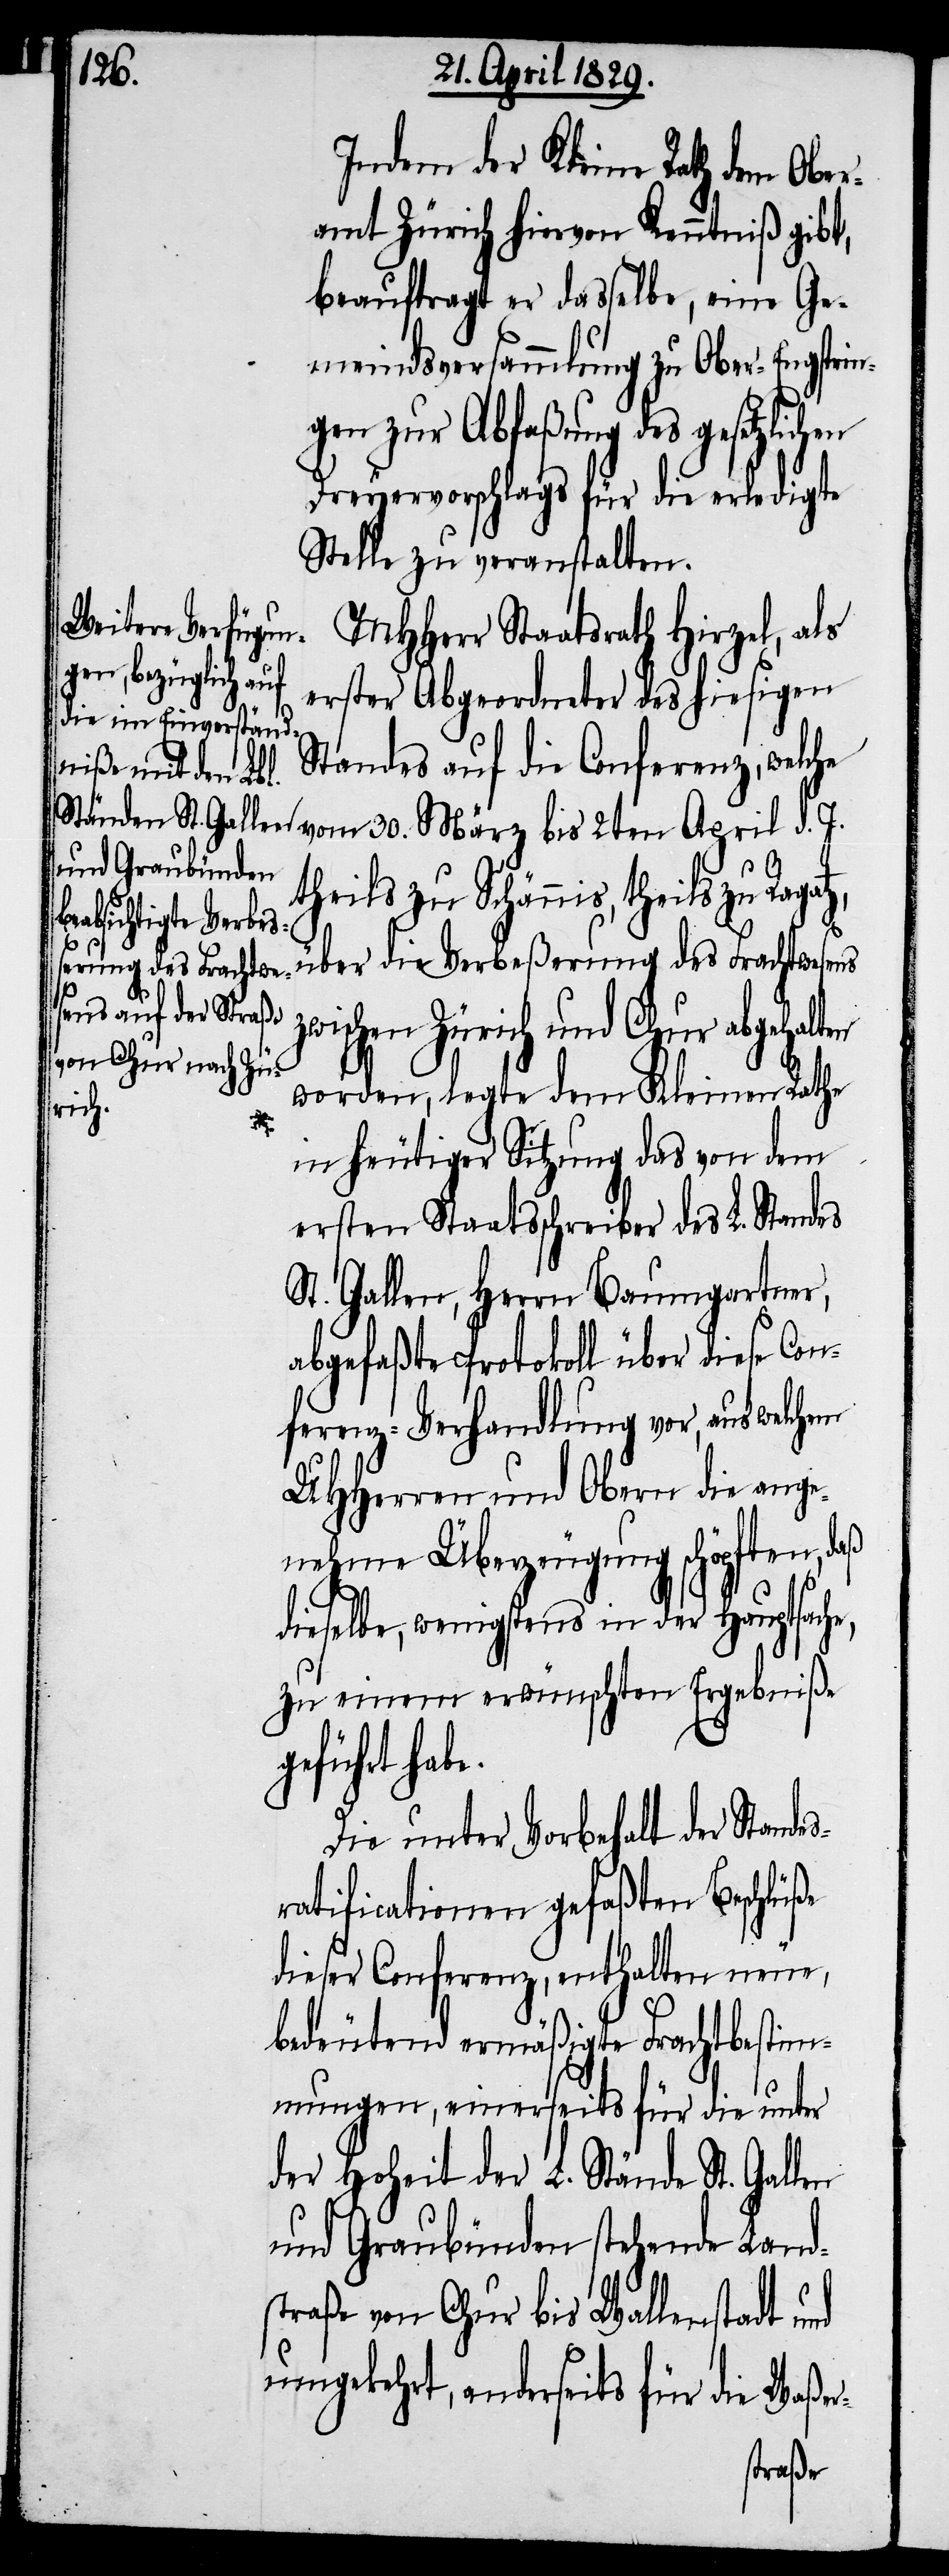
Indem der Kleine Rath dem Ober¬
amt Zürich hiervon Kenntniß gibt,
beauftragt er dasselbe, eine Ge¬
meindsversammlung zu Ober-Engstrin¬
gen zur Abfaßung des gesetzlichen
Dreyervorschlags für die erledigte
Stelle zu veranstalten.
MHHerr Staatsrath Hirzel, als
erster Abgeordneter des hiesigen
Standes auf die Conferenz, welche
eils zu Schännis, theils zu
über die Verbeßerung des Frachtwesens
wischen Zürich und Chur abgehalten
worden, legte dem Kleinen Rathe
e,
in heutiger Sitzung des von dem
ersten Staatsschreiber des L. Standes
St. Gallen, Herrn Baumgartner,
abgefaßte Protokoll über diese Con¬
ferenz-Verhandlung vor, aus welchem
UHHerren und Obern die ange¬
nehme Überzeugung schöpften, daß
dieselbe, wenigstens in der Hauptsach¬
zu einem erwünschten Ergebniße
geführt habe.
Die unter Vorbehalt der Standes¬
ratificationen gefaßten Beschlüße
dieser Conferenz, enthalten neue,
bedeutend ermäßigte Frachtbestim¬
mungen, einerseits für die unt¬
er Hoheit der L. Stände St. Gallen
und Graubünden stehende Land¬
straße von Chur bis Wallenstadt und
umgekehrt, anderseits für die Waßer-